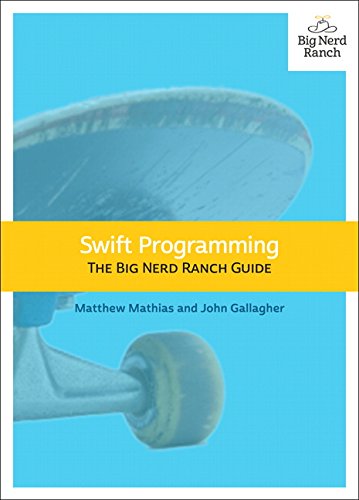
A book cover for Swift Programming: The Big Nerd Ranch Guide (Big Nerd Ranch Guides); Matthew Mathias; Computers & Technology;